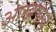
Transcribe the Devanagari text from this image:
आखणीचे